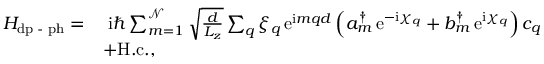
\begin{array} { r l } { H _ { \mathrm { d p } \textrm { - } \mathrm { p h } } = } & { \; \mathrm { i } \hbar \sum _ { m = 1 } ^ { \mathcal { N } } \sqrt { \frac { d } { L _ { z } } } \sum _ { q } \xi _ { q } \, \mathrm { e } ^ { \mathrm { i } m q d } \left( a _ { m } ^ { \dagger } \, \mathrm { e } ^ { - \mathrm { i } \chi _ { q } } + b _ { m } ^ { \dagger } \, \mathrm { e } ^ { \mathrm { i } \chi _ { q } } \right) c _ { q } ^ { \phantom { \dagger } } } \\ & { + \mathrm { H . c . } , } \end{array}